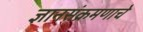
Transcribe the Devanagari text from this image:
ज्ञानसंक्रमणाचे